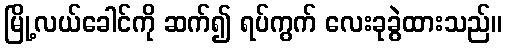
မြို့လယ်ခေါင်ကို ဆက်၍ ရပ်ကွက် လေးခုခွဲထားသည်။